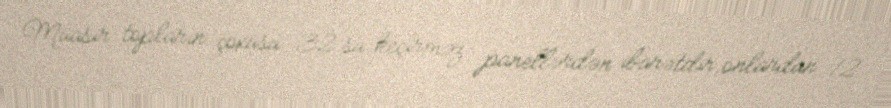
Müasir topların çoxusu 32 su keçirməz panellərdən ibarətdir,onlardan 12